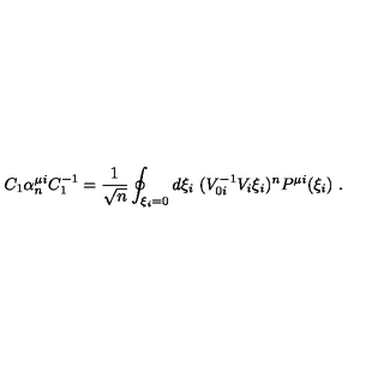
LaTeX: C _ { 1 } \alpha _ { n } ^ { \mu i } C _ { 1 } ^ { - 1 } = \frac { 1 } { \sqrt { n } } \oint _ { \xi _ { i } = 0 } d \xi _ { i } \ ( V _ { 0 i } ^ { - 1 } V _ { i } \xi _ { i } ) ^ { n } P ^ { \mu i } ( \xi _ { i } ) \ .